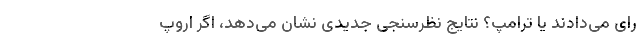
رای می‌دادند یا ترامپ؟ نتایج نظرسنجی جدیدی نشان می‌دهد، ‌اگر اروپ